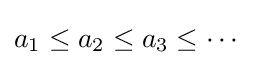
a_{1}\leq a_{2}\leq a_{3}\leq \cdots